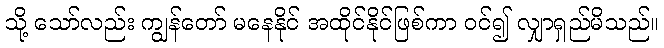
သို့ သော်လည်း ကျွန်တော် မနေနိုင် အထိုင်နိုင်ဖြစ်ကာ ဝင်၍ လျှာရှည်မိသည်။